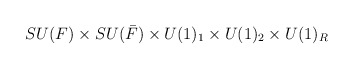
\begin{align*}SU(F) \times SU(\bar{F}) \times U(1)_1 \times U(1)_2 \times U(1)_R\end{align*}